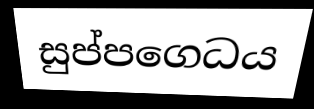
සුප්පගෙධය